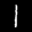
Label: 1